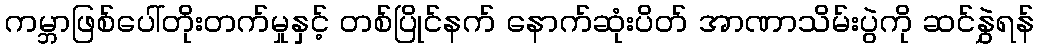
ကမ္ဘာဖြစ်ပေါ်တိုးတက်မှုနှင့် တစ်ပြိုင်နက် နောက်ဆုံးပိတ် အာဏာသိမ်းပွဲကို ဆင်နွှဲရန်